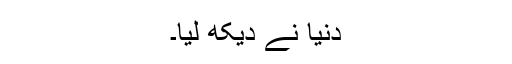
دنیا نے دیکھ لیا۔